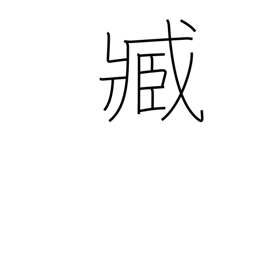
Meaning: servant